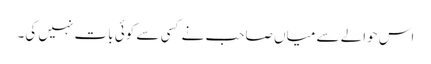
اس حوالے سے میاں صاحب نے کسی سے کوئی بات نہیں کی۔